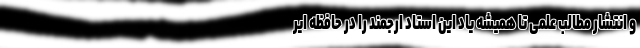
و انتشار مطالب علمی تا همیشه یاد این استاد ارجمند را در حافظه ایر